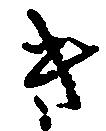
き